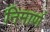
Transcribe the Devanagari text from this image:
निमार्ण